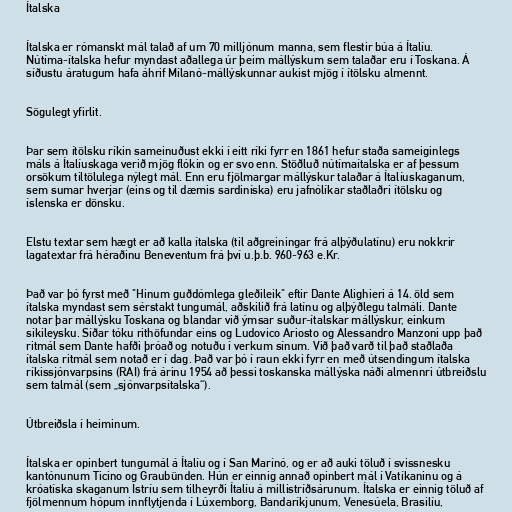
Ítalska

Ítalska er rómanskt mál talað af um 70 milljónum manna, sem flestir búa á Ítalíu.
Nútíma-ítalska hefur myndast aðallega úr þeim mállýskum sem talaðar eru í Toskana. Á
síðustu áratugum hafa áhrif Mílanó-mállýskunnar aukist mjög í ítölsku almennt.

Sögulegt yfirlit.

Þar sem ítölsku ríkin sameinuðust ekki í eitt ríki fyrr en 1861 hefur staða sameiginlegs
máls á Ítalíuskaga verið mjög flókin og er svo enn. Stöðluð nútímaítalska er af þessum
orsökum tiltölulega nýlegt mál. Enn eru fjölmargar mállýskur talaðar á Ítalíuskaganum,
sem sumar hverjar (eins og til dæmis sardiníska) eru jafnólíkar staðlaðri ítölsku og
íslenska er dönsku.

Elstu textar sem hægt er að kalla ítalska (til aðgreiningar frá alþýðulatínu) eru nokkrir
lagatextar frá héraðinu Beneventum frá því u.þ.b. 960-963 e.Kr.

Það var þó fyrst með "Hinum guðdómlega gleðileik" eftir Dante Alighieri á 14. öld sem
ítalska myndast sem sérstakt tungumál, aðskilið frá latínu og alþýðlegu talmáli. Dante
notar þar mállýsku Toskana og blandar við ýmsar suður-ítalskar mállýskur, einkum
sikileysku. Síðar tóku rithöfundar eins og Ludovico Ariosto og Alessandro Manzoni upp það
ritmál sem Dante hafði þróað og notuðu í verkum sínum. Við það varð til það staðlaða
ítalska ritmál sem notað er í dag. Það var þó í raun ekki fyrr en með útsendingum ítalska
ríkissjónvarpsins (RAI) frá árinu 1954 að þessi toskanska mállýska náði almennri útbreiðslu
sem talmál (sem „sjónvarpsítalska“).

Útbreiðsla í heiminum.

Ítalska er opinbert tungumál á Ítalíu og í San Marínó, og er að auki töluð í svissnesku
kantónunum Ticino og Graubünden. Hún er einnig annað opinbert mál í Vatíkaninu og á
króatíska skaganum Istríu sem tilheyrði Ítalíu á millistríðsárunum. Ítalska er einnig töluð af
fjölmennum hópum innflytjenda í Lúxemborg, Bandaríkjunum, Venesúela, Brasilíu,